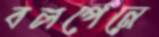
বলপেনে